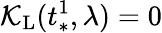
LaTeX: \mathcal{K}_{\mathrm{L}}(t_{*}^{1},\lambda)=0